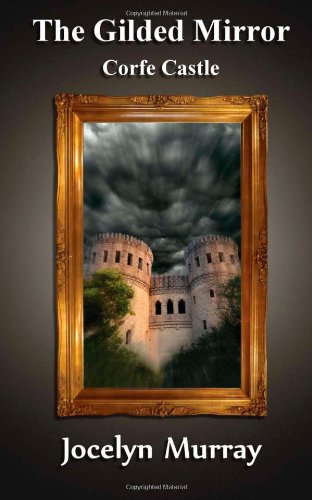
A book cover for The Gilded Mirror: Corfe Castle (Volume 1); Jocelyn Murray; Teen & Young Adult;